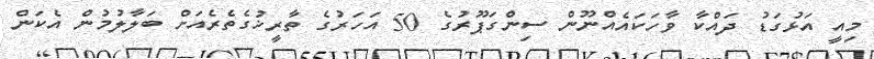
މިއީ އަޅުގަޑު ދައްކާ ވާހަކައެއްނޫން ސިންގަޕޫރުގެ 50 އަހަރުގެ ތާރީޚުގެތެރެއަށް ބަލާލުމުން އެކަން